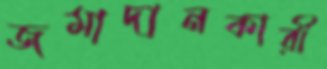
জমাদানকারী